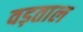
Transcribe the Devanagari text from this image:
वड़ताल